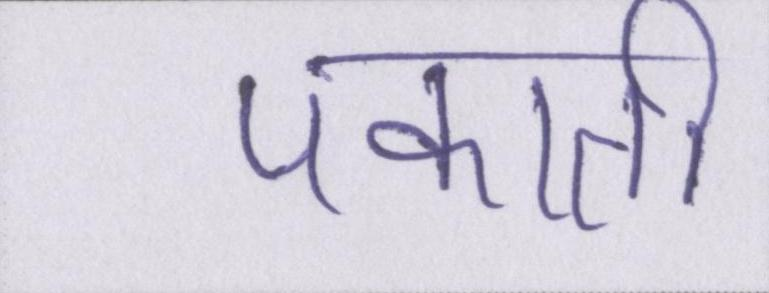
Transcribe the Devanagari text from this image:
पकाती